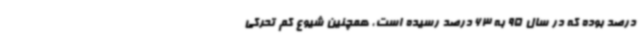
درصد بوده که در سال 95 به 63 درصد رسیده است، همچنین شیوع کم تحرکی